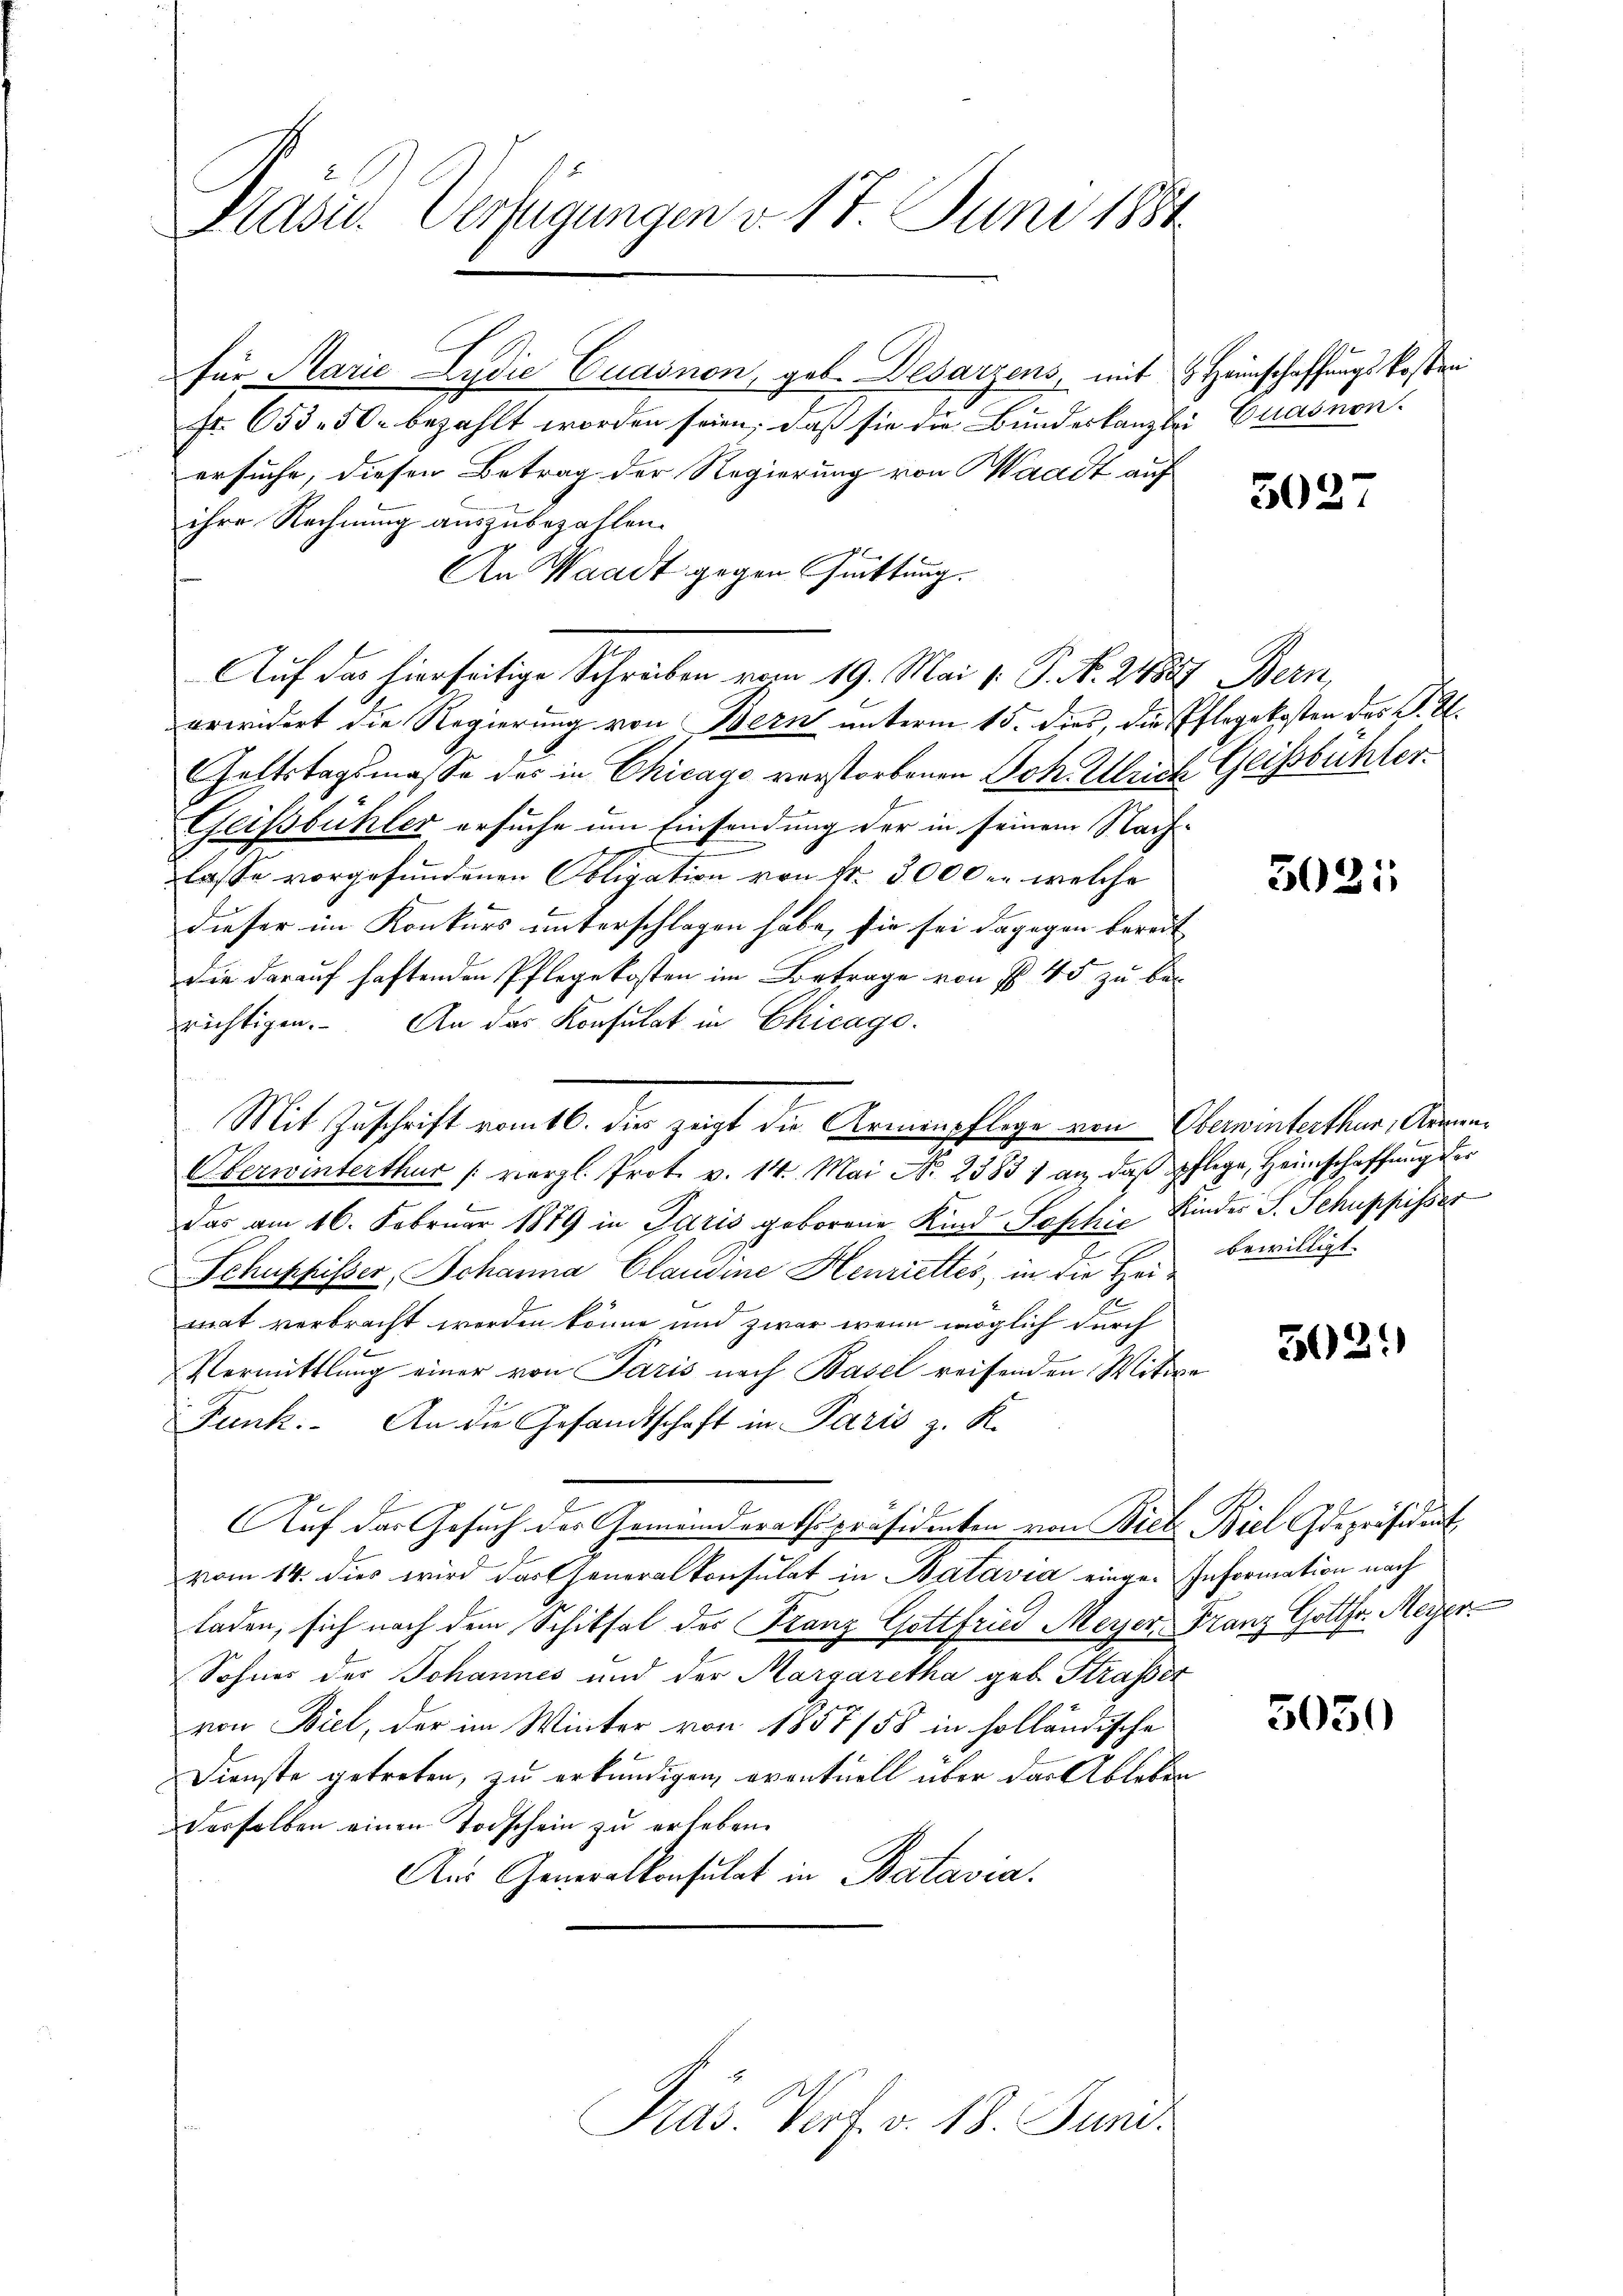
Präsid. Verfügungen v. 17. Juni 1884

für Marie Lydie Cuasnen, geb. Desarzens, mit Heimschaffungskosten
Fr. 653. 50. bezahlt worden seien; daß sie die Bundeskanzlei Euasnonersuche, diesen Betrag der Regierung von Waadt auf
ihre Rechnung auszubezahlen.
An Waadt gegen Güttung.
Auf das hierseitige Schreiben vom 19. Mai 1: P. N. 24889. Bern,
erwidert die Regierung von Bern unterm 15. dies, die Pflegekosten des H. H.
Geltstagsmasse des in Chicago verstorbenen Joh. Ulrich Geissbühler
Geifsbühler ersuche um Einsendung der in seinem Nach-
lasse vorgefundenen Obligation von Fr. 3000 er welche
dieser im Konkurs unterschlagen habe, sie sei dagegen bereit
die darauf haftenden Pflegekosten im Betrage von § 45 zu berichtigen. An das Konsulat in Chicago
Das am 16. Februar 1889 in Paris geborene Kind Sophie Binder J. Schuppisser
Schuppisser, Johanna Claudine Henriettes, in die Heimat verbracht werden könne und zwar wenn möglich durch
Vermittlung einer von Paris nach Basel reifenden Witwe
Funk. An die Gesandtschaft in Paris z. K.
Auf das Gesuch der Gemeinderathspräsidenten von Biel Biel Gdepräsident
vom 14. dies wird das Generalkonsulat in Batavia einge- Information nach
laden, sich nach dem Schiksal des Franz Gottfried Meyer, Franz Gottfr. Meyer
Sohnes der Johannes und der Margaretha geb. Strasser
von Biel, der im Winter von 1857/58 in solländische
Dienste getreten, zu erkundigen, eventuell über das Ableben
derselben einen Todschein zu erleben.
Aus Generalkonsulat in Batavia.

Mit Zuschrift vom 16. die zeigt die Armenpflege von Oberwinterthur, Augen¬
.
Oberwinterthur (vergl. Prot. v. 14. Mai Nr. 23831 an, das pflege, Heimschaffung der

Präs. Verf. v. 18. Juni.

3027

3021

bewilligt.

502.

5030